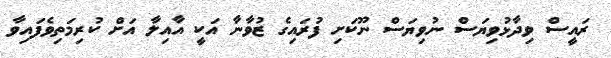
ރައީސް ވިދާޅުވިޔަސް ނުވިޔަސް ނޫކަށި ފުރައިގެ ޒުވާނާ އަކީ އާއިލާ އަށް ކުރިމަތިވެފައިވާ